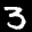
Label: 3